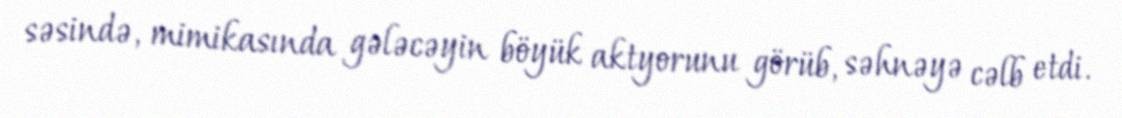
səsində, mimikasında gələcəyin böyük aktyorunu görüb, səhnəyə cəlb etdi.